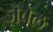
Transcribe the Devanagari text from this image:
ज़ैबेल